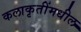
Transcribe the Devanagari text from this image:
कलाकृतींमधील